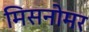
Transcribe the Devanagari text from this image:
मिसनोमर